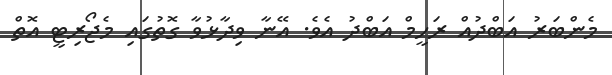
މެންބަރު އަބްދުއް ރަހީމް އަބްދު އެވެ. އޭނާ ވިދާޅުވާ ގޮތުގައި މެޖޯރިޓީ އޮތް